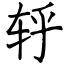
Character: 轷